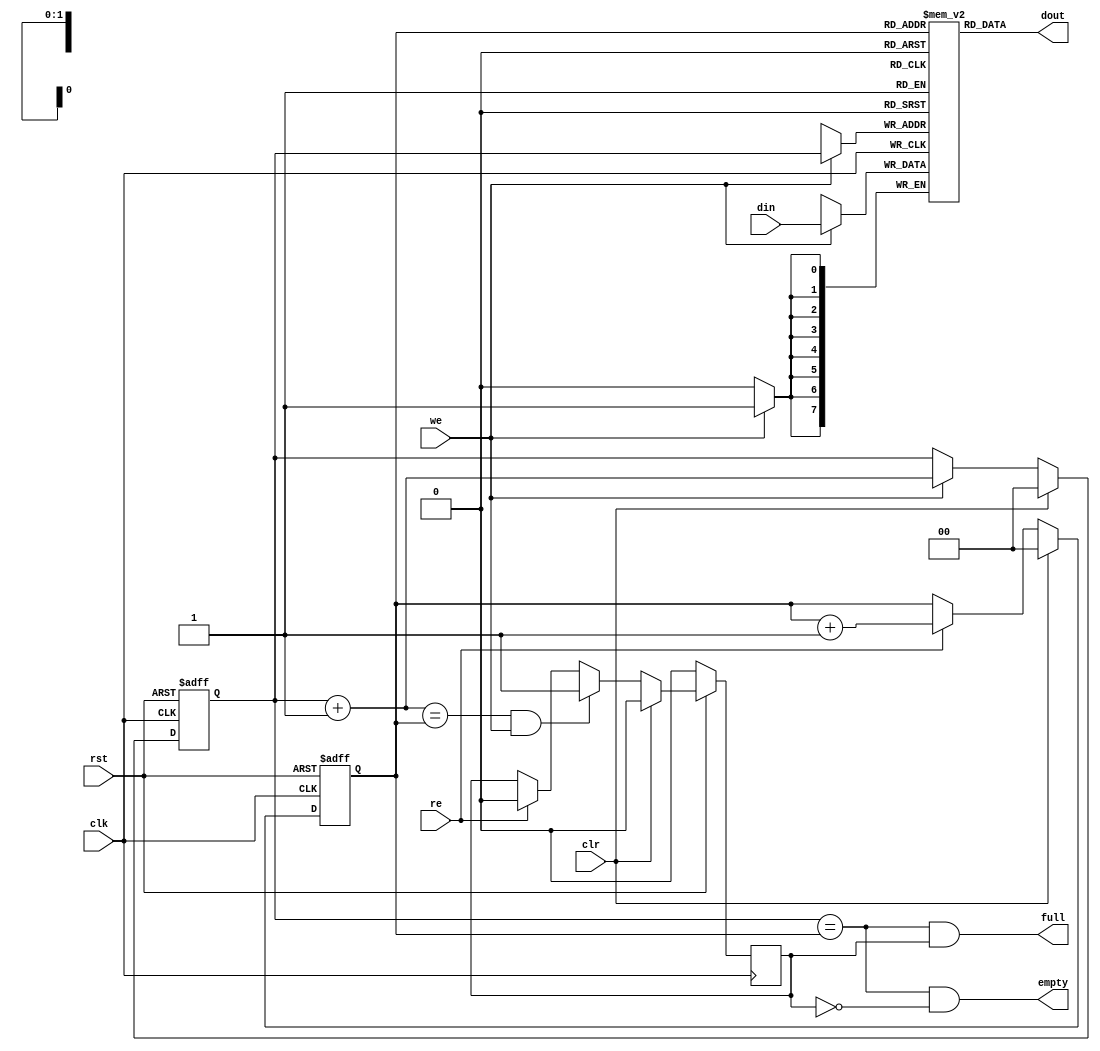
/////////////////////////////////////////////////////////////////////
////                                                             ////
//// FIFO 4 entries deep                                         ////
////                                                             ////
////          rudi@asics.ws     richard@asics.ws                 ////
////                                                             ////
////                                                             ////
//// Download from: http://www.opencores.org/projects/sasc       ////
////                http://www.opencores.org/projects/simple_spi ////
////                                                             ////
/////////////////////////////////////////////////////////////////////
////                                                             ////
//// Copyright (C) 2000-2002 Rudolf Usselmann, Richard Herveille ////
////                         www.asics.ws                        ////
////                         rudi@asics.ws, richard@asics.ws     ////
////                                                             ////
//// This source file may be used and distributed without        ////
//// restriction provided that this copyright statement is not   ////
//// removed from the file and that any derivative work contains ////
//// the original copyright notice and the associated disclaimer.////
////                                                             ////
////     THIS SOFTWARE IS PROVIDED ``AS IS'' AND WITHOUT ANY     ////
//// EXPRESS OR IMPLIED WARRANTIES, INCLUDING, BUT NOT LIMITED   ////
//// TO, THE IMPLIED WARRANTIES OF MERCHANTABILITY AND FITNESS   ////
//// FOR A PARTICULAR PURPOSE. IN NO EVENT SHALL THE AUTHOR      ////
//// OR CONTRIBUTORS BE LIABLE FOR ANY DIRECT, INDIRECT,         ////
//// INCIDENTAL, SPECIAL, EXEMPLARY, OR CONSEQUENTIAL DAMAGES    ////
//// (INCLUDING, BUT NOT LIMITED TO, PROCUREMENT OF SUBSTITUTE   ////
//// GOODS OR SERVICES; LOSS OF USE, DATA, OR PROFITS; OR        ////
//// BUSINESS INTERRUPTION) HOWEVER CAUSED AND ON ANY THEORY OF  ////
//// LIABILITY, WHETHER IN  CONTRACT, STRICT LIABILITY, OR TORT  ////
//// (INCLUDING NEGLIGENCE OR OTHERWISE) ARISING IN ANY WAY OUT  ////
//// OF THE USE OF THIS SOFTWARE, EVEN IF ADVISED OF THE         ////
//// POSSIBILITY OF SUCH DAMAGE.                                 ////
////                                                             ////
/////////////////////////////////////////////////////////////////////

//  CVS Log
//
//  $Id: fifo4.v,v 1.1.1.1 2002-12-22 16:07:14 rherveille Exp $
//
//  $Date: 2002-12-22 16:07:14 $
//  $Revision: 1.1.1.1 $
//  $Author: rherveille $
//  $Locker:  $
//  $State: Exp $
//
// Change History:
//               $Log: not supported by cvs2svn $
//

// 4 entry deep fast fifo
module fifo4(clk, rst, clr,  din, we, dout, re, full, empty);

parameter dw = 8;

input             clk, rst;
input             clr;
input   [dw:1]    din;
input             we;
output  [dw:1]    dout;
input             re;
output            full, empty;


////////////////////////////////////////////////////////////////////
//
// Local Wires
//

reg     [dw:1]  mem[0:3];
reg     [1:0]   wp;
reg     [1:0]   rp;
wire    [1:0]   wp_p1;
wire    [1:0]   wp_p2;
wire    [1:0]   rp_p1;
wire            full, empty;
reg             gb;

////////////////////////////////////////////////////////////////////
//
// Misc Logic
//

always @(posedge clk or negedge rst)
    if(!rst)    wp <= 2'h0;
    else
    if(clr)     wp <= 2'h0;
    else
    if(we)      wp <= wp_p1;

assign wp_p1 = wp + 2'h1;
assign wp_p2 = wp + 2'h2;

always @(posedge clk or negedge rst)
    if(!rst)    rp <= 2'h0;
    else
    if(clr)     rp <= 2'h0;
    else
    if(re)      rp <= rp_p1;

assign rp_p1 = rp + 2'h1;

// Fifo Output
assign  dout = mem[ rp ];

// Fifo Input
always @(posedge clk)
    if(we)    mem[ wp ] <=  din;

// Status
assign empty = (wp == rp) & !gb;
assign full  = (wp == rp) &  gb;

// Guard Bit ...
always @(posedge clk)
    if(!rst)               gb <= 1'b0;
    else
    if(clr)                gb <= 1'b0;
    else
    if((wp_p1 == rp) & we) gb <= 1'b1;
    else
    if(re)                 gb <= 1'b0;

endmodule